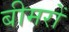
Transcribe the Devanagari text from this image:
बीमरों